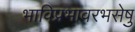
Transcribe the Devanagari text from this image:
भाविप्रभावरभसेषु